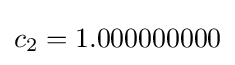
c_{2}=1.000000000